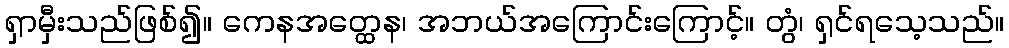
ရှာမှီးသည်ဖြစ်၍။ ကေနအတ္ထေန၊ အဘယ်အကြောင်းကြောင့်။ တွံ၊ ရှင်ရသေ့သည်။